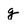
Character: g